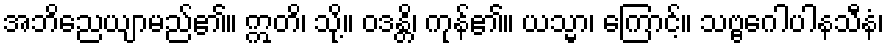
အဘိညေယျာမည်၏။ ဣတိ၊ သို့။ ဝဒန္တိ၊ ကုန်၏။ ယသ္မာ၊ ကြောင့်။ သဗ္ဗဂေါပါနသီနံ၊